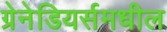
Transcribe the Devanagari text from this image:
ग्रेनेडियर्समधील